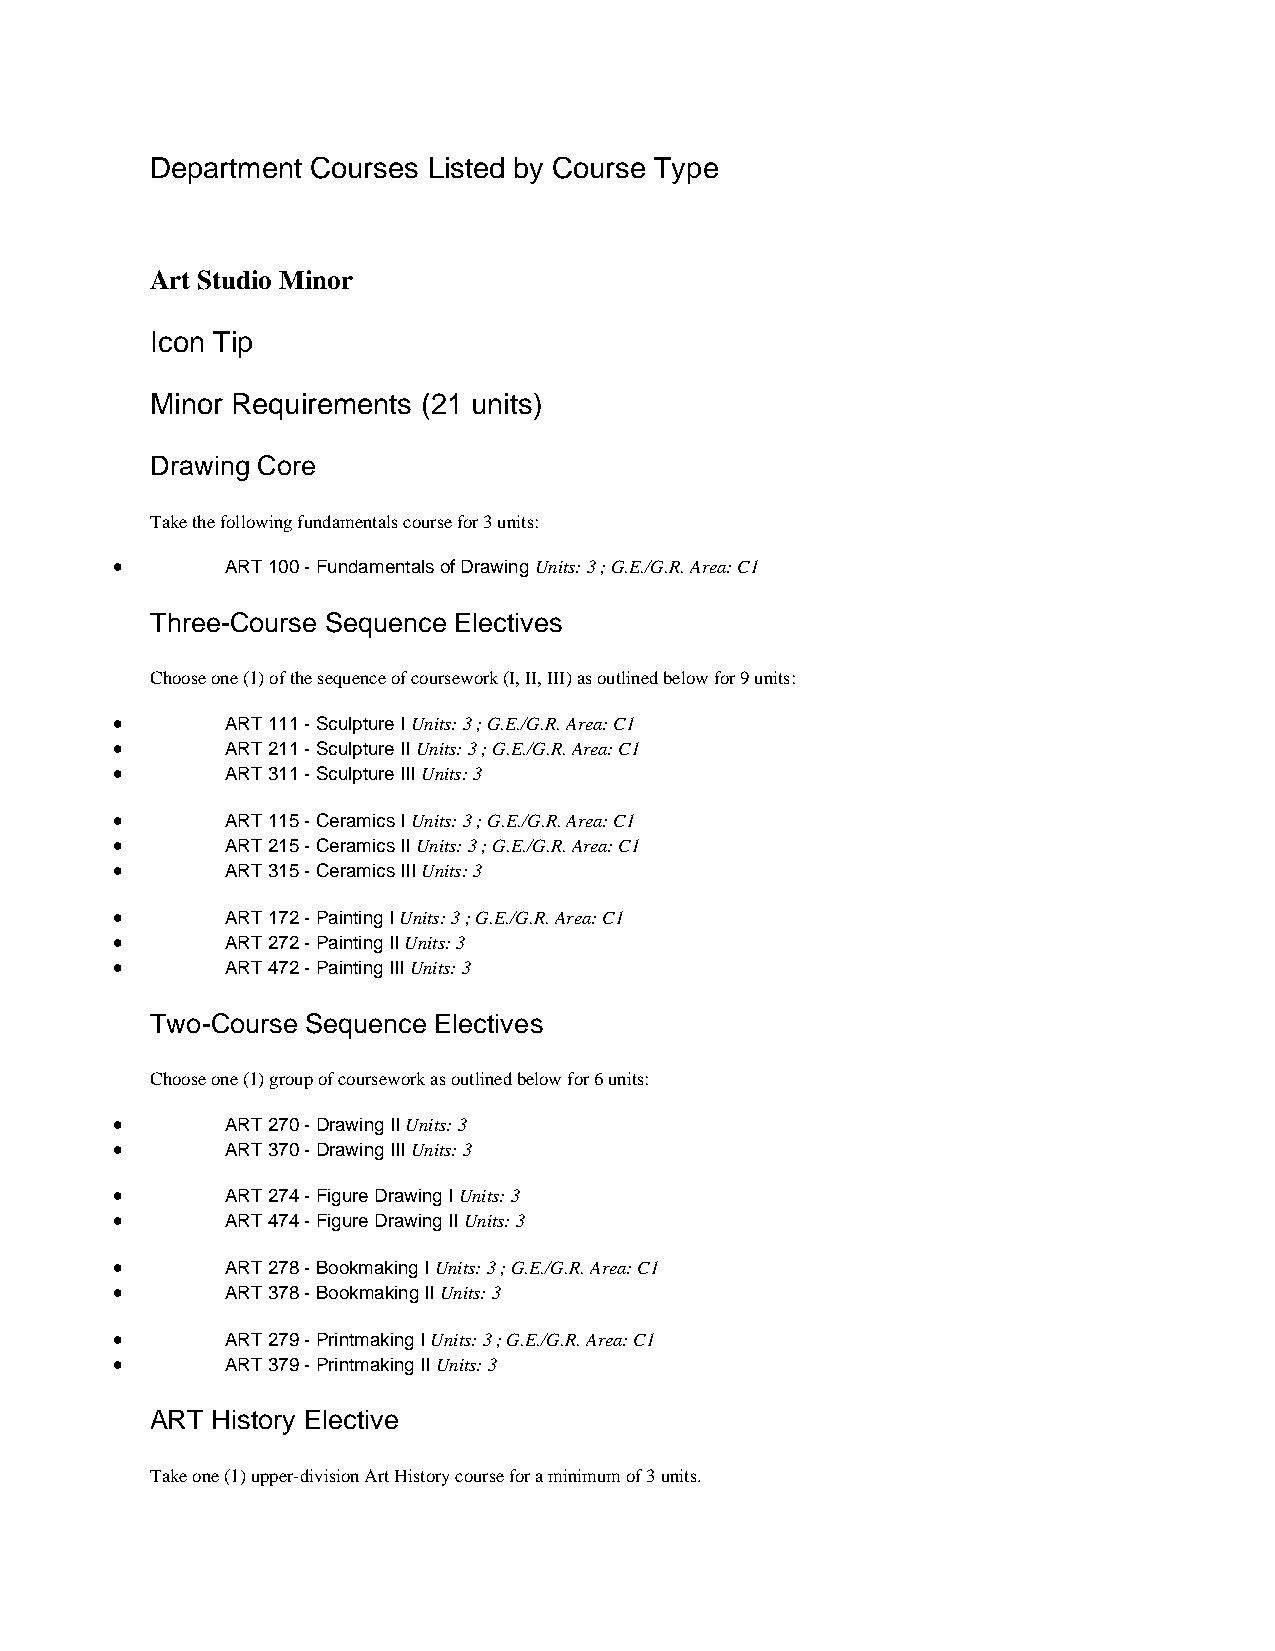
Department Courses Listed by Course Type
 Art Studio Minor
 Icon Tip
 Minor Requirements (21 units)
 Drawing Core
 Take the following fundamentals course for 3 units:
 •       ART 100 - Fundamentals of Drawing Units: 3 ; G.E./G.R. Area: C1
 Three-Course Sequence Electives
 Choose one (1) of the sequence of coursework (I, II, III) as outlined below for 9 units:
 •       ART 111 - Sculpture I Units: 3 ; G.E./G.R. Area: C1
 •       ART 211 - Sculpture II Units: 3 ; G.E./G.R. Area: C1
 •       ART 311 - Sculpture III Units: 3
 •       ART 115 - Ceramics I Units: 3 ; G.E./G.R. Area: C1
 •       ART 215 - Ceramics II Units: 3 ; G.E./G.R. Area: C1
 •       ART 315 - Ceramics III Units: 3
 •       ART 172 - Painting I Units: 3 ; G.E./G.R. Area: C1
 •       ART 272 - Painting II Units: 3
 •       ART 472 - Painting III Units: 3
 Two-Course Sequence Electives
 Choose one (1) group of coursework as outlined below for 6 units:
 •       ART 270 - Drawing II Units: 3
 •       ART 370 - Drawing III Units: 3
 •       ART 274 - Figure Drawing I Units: 3
 •       ART 474 - Figure Drawing II Units: 3
 •       ART 278 - Bookmaking I Units: 3 ; G.E./G.R. Area: C1
 •       ART 378 - Bookmaking II Units: 3
 •       ART 279 - Printmaking I Units: 3 ; G.E./G.R. Area: C1
 •       ART 379 - Printmaking II Units: 3
 ART History Elective
 Take one (1) upper-division Art History course for a minimum of 3 units.